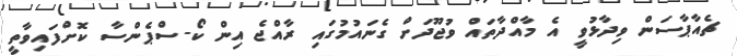
ޗެއާޕާސަން ވިދާޅުވީ އެ މާއްދާތައް ވުޖޫދަށް ގެނައުމުގައި ރާއްޖެ އިން ކޯ-ސްޕެންސާ ކޮށްފައިވާތީ